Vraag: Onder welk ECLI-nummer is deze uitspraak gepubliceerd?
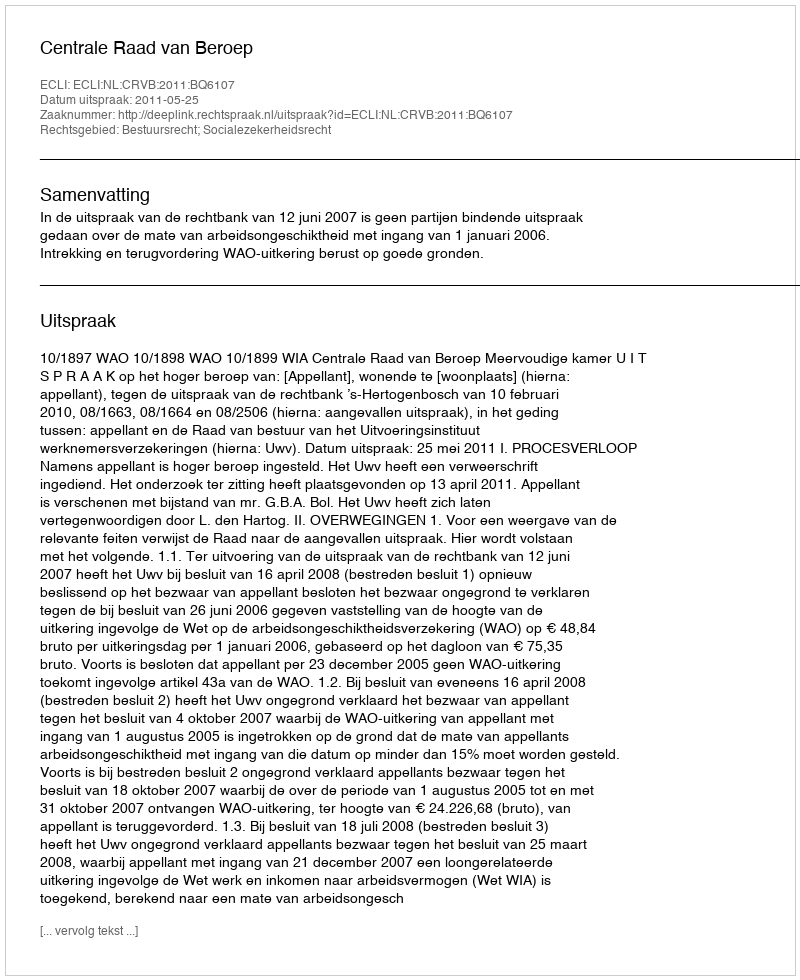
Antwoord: ECLI:NL:CRVB:2011:BQ6107